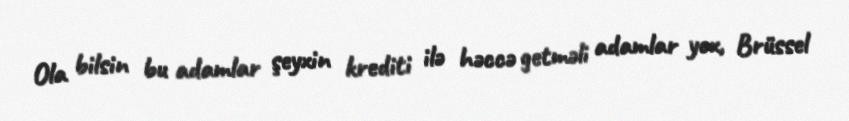
Ola bilsin bu adamlar şeyxin krediti ilə həccə getməli adamlar yox, Brüssel